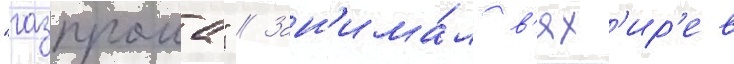
"газпрома" // Зан'има́л в'ях'ир'ев